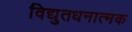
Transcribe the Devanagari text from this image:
विद्युतधनात्मक